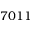
7 0 1 1